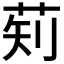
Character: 𬜱